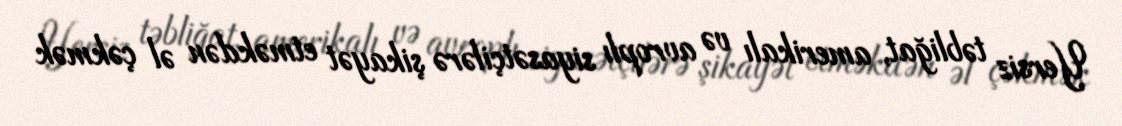
Yersiz təbliğat, amerikalı və avroplı siyasətçilərə şikayət etməkdən əl çəkmək